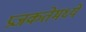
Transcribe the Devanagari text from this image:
प्रजकतेमध्ये